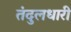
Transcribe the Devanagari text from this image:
तंदुलधारी